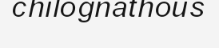
chilognathous